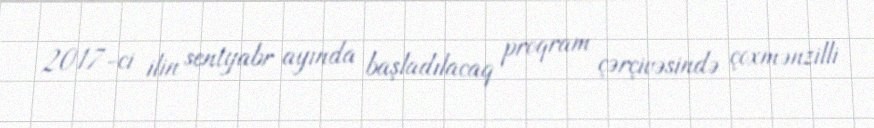
2017-ci ilin sentyabr ayında başladılacaq proqram çərçivəsində çoxmənzilli